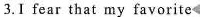
3.Ⅰ fear that ny favorite